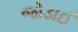
જોડાઈ